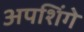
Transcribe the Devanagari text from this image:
अपशिंगे